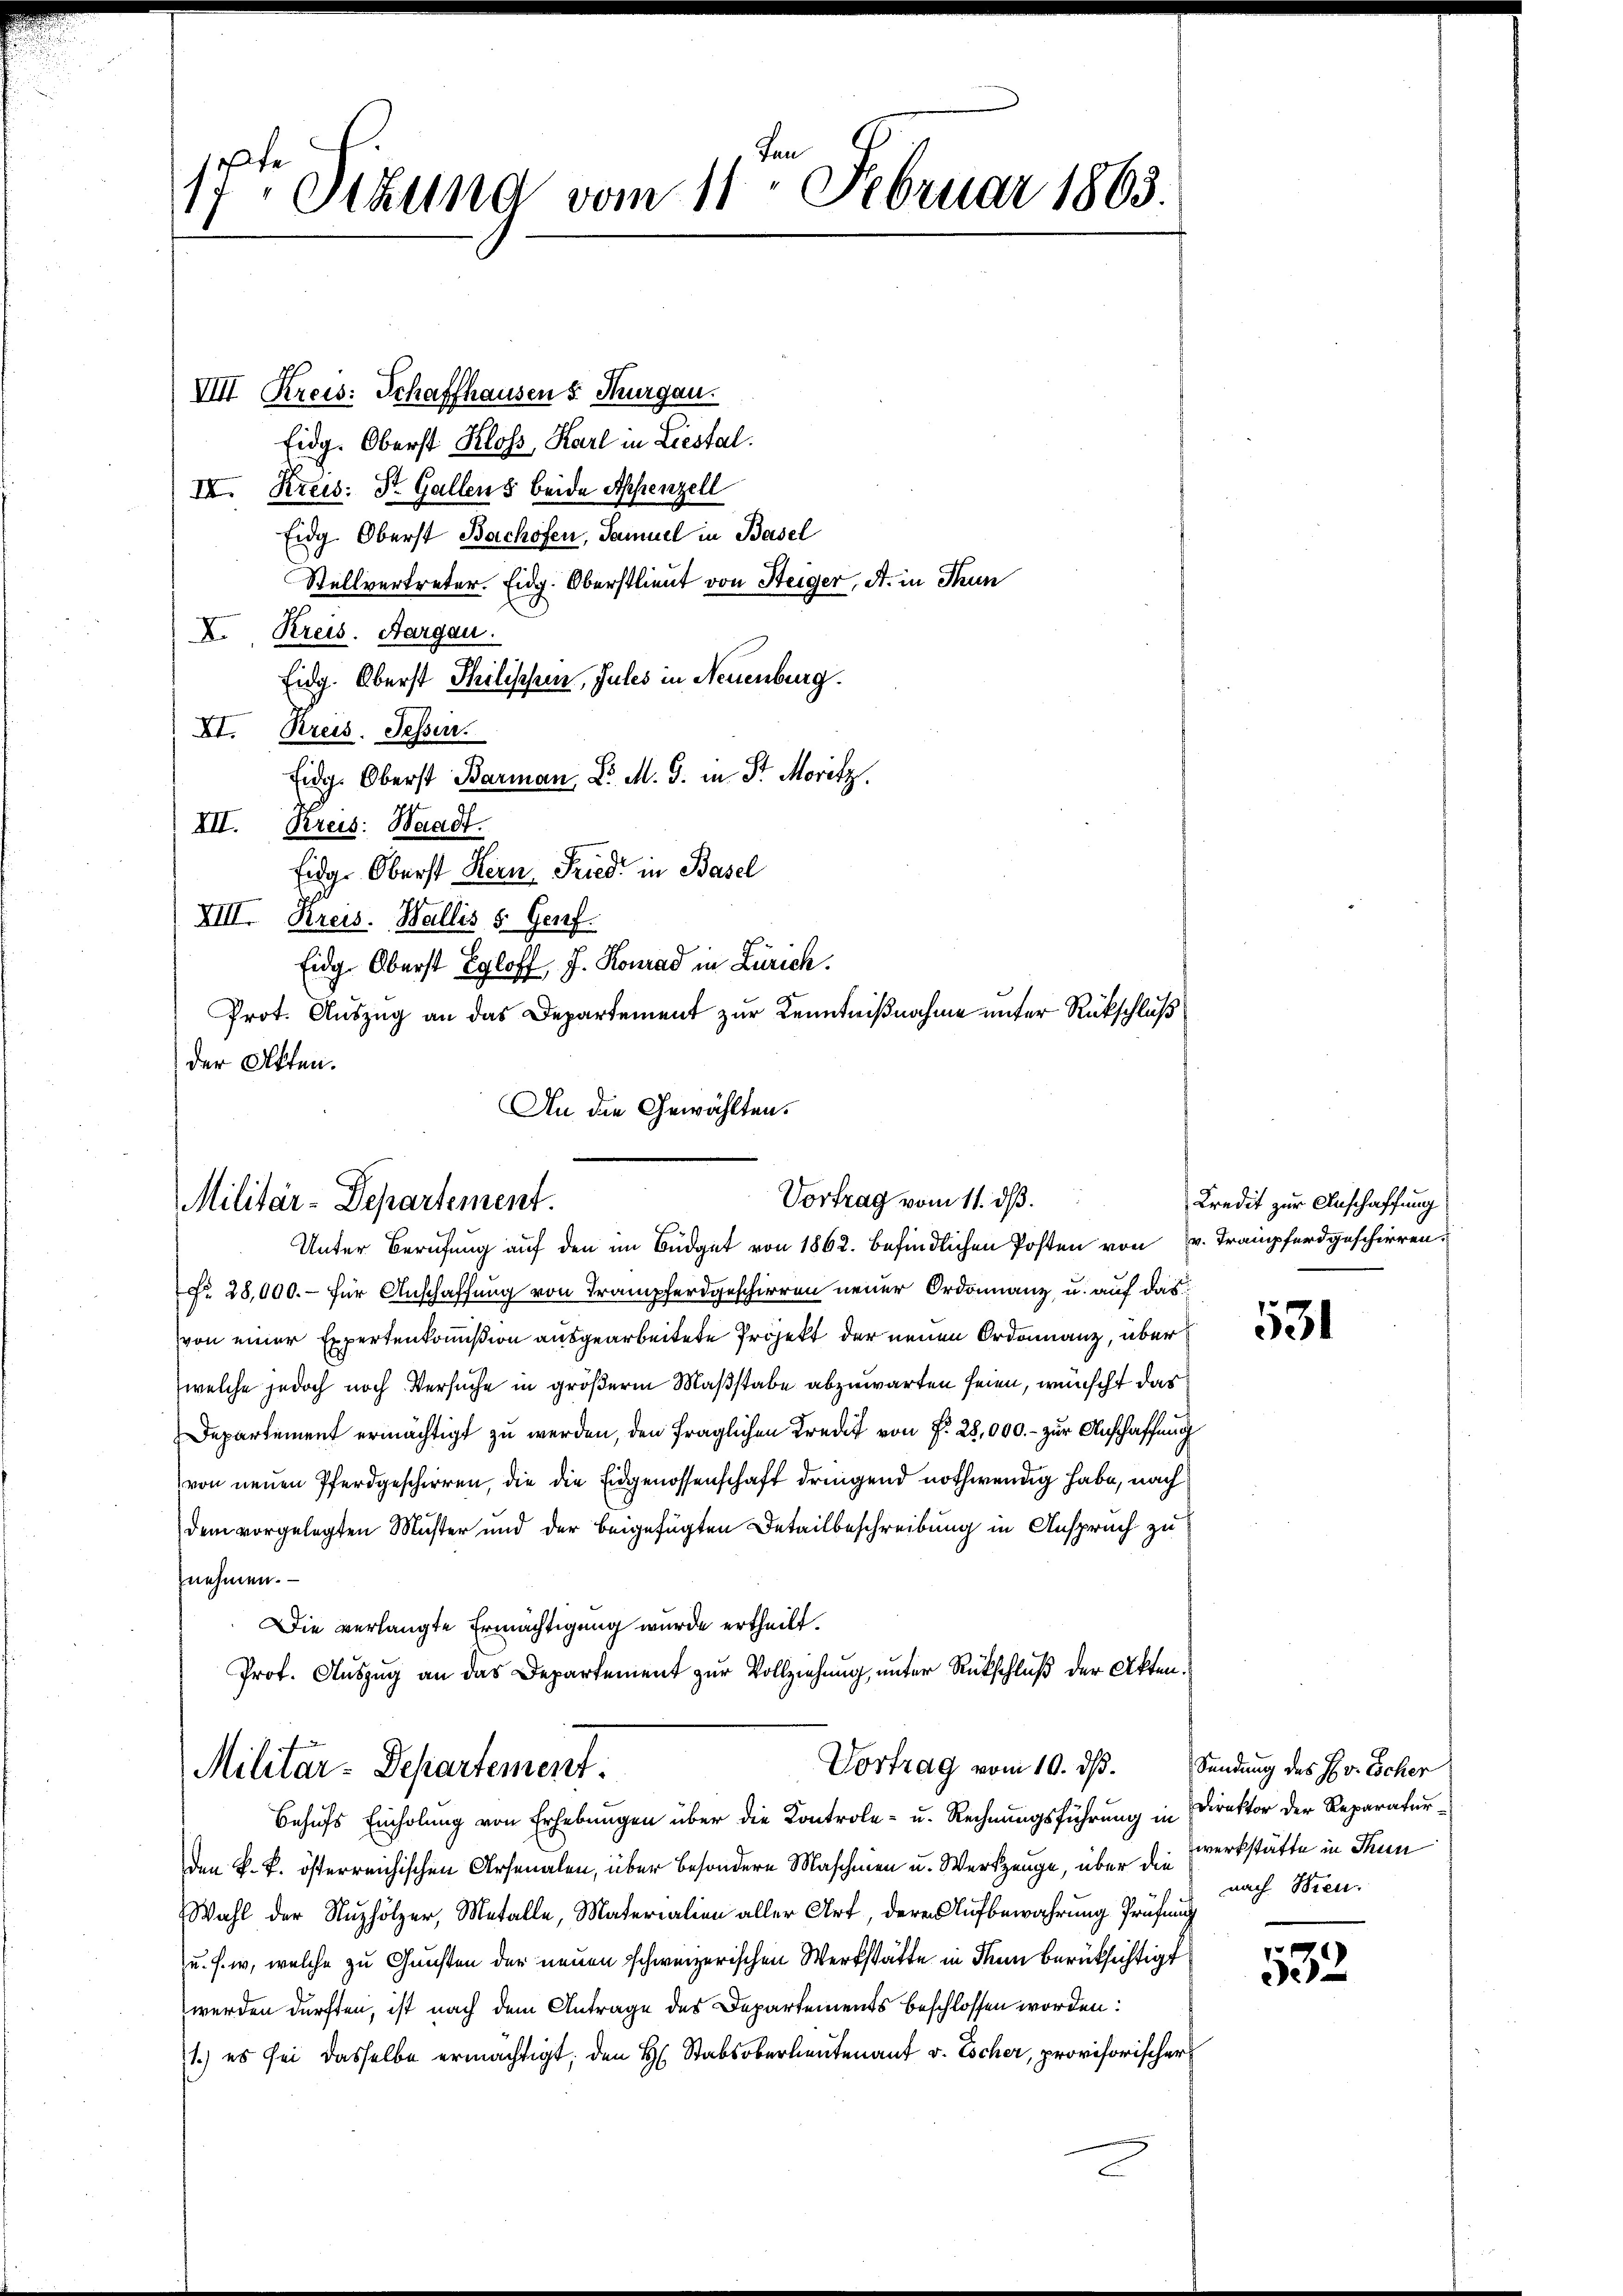
17ten Sekund vom 11. Februar 1863.

VIII Kreis: Schaffhausen s. Thurgau.
Eidg. Oberst Kloss, Karl in Liestal.
IV. Kreis: St. Gallens beide Appenzell
Eidg. Oberst Bachofen, Samuel in Basel
Stellvertreter. Eidg. Oberstlieut von Steiger, A. in Thun
X. Kreis. Aargau.
Eidg. Oberst Philischein, Jules in Neuenburg.
XI. Kreis. Fesser.
Eidg. Oberst Barman, Dr. M. J. in Sr. Moritz
III. Kreis: Waadt.
Eidg. Oberst Hern. Fried in Basel
XIII. Kreis. Wallis 5. Genf
Eidg. Oberst Egloff, J. Konrad in Zürich.
Prot. Auszug an das Departement zur Kenntnißnahme unter Rückschluß
der Akten.
An die Gewählten.

No. 28,000.- für Anschaffung von Trampferdgeschirren neuer Ordonnanz, u. auf das
von einer Expertenkommißion ausgearbeitete Projekt der neuen Ordonnanz, über
welche jedoch noch Versuche in größerm Maßstabe abzuwarten seien, wünscht das
Departement ermächtigt zu werden, den fraglichen Kredit von P. 28,000. - zur Anschaffung
von neuen Pferdgeschirren, die die Eidgenossenschaft dringend nothwendig habe, nach
dem vorgelegten Muster und der beigefügten Detailbeschreibung in Anspruch zu
nehmen.
Die verlangte Ermächtigung wurde ertheilt.
Prof. Auszug an das Departement zur Vollziehung, unter Rückschluß der Akten¬

Vortrag vom 11. ds.
Militär-Departement.
Unter Berufung auf den im Budget von 1862. befindlichen Posten von v. Trampferdgeschirren¬

Vortrag vom 10. ds.
Militar-Departement.

Kredit zur Anschaffung

Behufs Einholung von Erhebungen über die Kontrole- u. Rechnungsführung in Direktor der Reparaturden k. k. österreichischen Arsenalen, über besondere Maschinen u. Werkzeuge, über die Werkstätte in Thun
Wahl der Nutzhölzer, Metalle, Materialien aller Art, deren Aufbewahrung Prüfung
u. s. w., welche zu Gunsten der neuen schweizerischen Werkstätte in denn berücksichtigt
werden dürften, ist nach dem Antrage des Departements beschlossen worden:
1.) es sei dasselbe ermächtigt, den H. Stabsoberleutenant v. Escher, provisorischer
E

31

Sendung des H. v. Scher
nach Bien.

532.